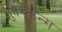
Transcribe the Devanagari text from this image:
फुच्किन्ग